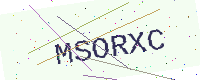
Text: MSORXC